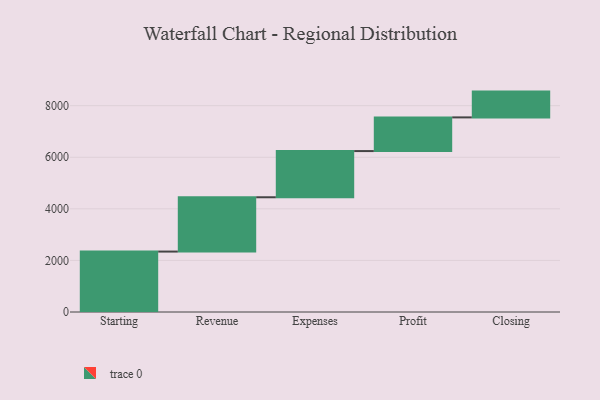
{"axis": {"x": "Step", "y": "Value"}, "legend": [""], "data": [{"x": "Starting", "y": 2343.0, "type": ""}, {"x": "Revenue", "y": 2106.0, "type": ""}, {"x": "Expenses", "y": 1791.0, "type": ""}, {"x": "Profit", "y": 1306.0, "type": ""}, {"x": "Closing", "y": 1000, "type": ""}]}